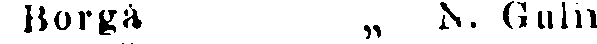
Borgå „ N. Gulin.